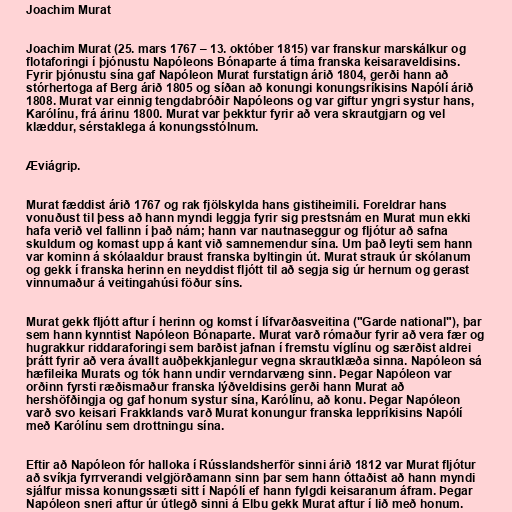
Joachim Murat

Joachim Murat (25. mars 1767 – 13. október 1815) var franskur marskálkur og
flotaforingi í þjónustu Napóleons Bónaparte á tíma franska keisaraveldisins.
Fyrir þjónustu sína gaf Napóleon Murat furstatign árið 1804, gerði hann að
stórhertoga af Berg árið 1805 og síðan að konungi konungsríkisins Napólí árið
1808. Murat var einnig tengdabróðir Napóleons og var giftur yngri systur hans,
Karólínu, frá árinu 1800. Murat var þekktur fyrir að vera skrautgjarn og vel
klæddur, sérstaklega á konungsstólnum.

Æviágrip.

Murat fæddist árið 1767 og rak fjölskylda hans gistiheimili. Foreldrar hans
vonuðust til þess að hann myndi leggja fyrir sig prestsnám en Murat mun ekki
hafa verið vel fallinn í það nám; hann var nautnaseggur og fljótur að safna
skuldum og komast upp á kant við samnemendur sína. Um það leyti sem hann
var kominn á skólaaldur braust franska byltingin út. Murat strauk úr skólanum
og gekk í franska herinn en neyddist fljótt til að segja sig úr hernum og gerast
vinnumaður á veitingahúsi föður síns.

Murat gekk fljótt aftur í herinn og komst í lífvarðasveitina ("Garde national"), þar
sem hann kynntist Napóleon Bónaparte. Murat varð rómaður fyrir að vera fær og
hugrakkur riddaraforingi sem barðist jafnan í fremstu víglínu og særðist aldrei
þrátt fyrir að vera ávallt auðþekkjanlegur vegna skrautklæða sinna. Napóleon sá
hæfileika Murats og tók hann undir verndarvæng sinn. Þegar Napóleon var
orðinn fyrsti ræðismaður franska lýðveldisins gerði hann Murat að
hershöfðingja og gaf honum systur sína, Karólínu, að konu. Þegar Napóleon
varð svo keisari Frakklands varð Murat konungur franska leppríkisins Napólí
með Karólínu sem drottningu sína.

Eftir að Napóleon fór halloka í Rússlandsherför sinni árið 1812 var Murat fljótur
að svíkja fyrrverandi velgjörðamann sinn þar sem hann óttaðist að hann myndi
sjálfur missa konungssæti sitt í Napólí ef hann fylgdi keisaranum áfram. Þegar
Napóleon sneri aftur úr útlegð sinni á Elbu gekk Murat aftur í lið með honum.